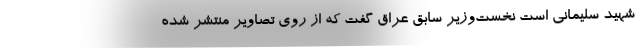
شهید سلیمانی است نخست‌وزیر سابق عراق گفت که از روی تصاویر منتشر شده